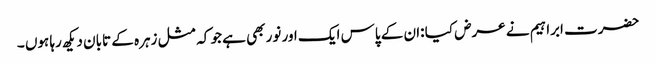
حضرت ابراہیم نے عرض کیا :ان کے پاس ایک اور نور بھی ہے جو کہ مثل زہرہ کے تابان دیکھ رہا ہوں ۔